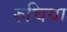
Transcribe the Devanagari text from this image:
रुचिया